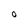
Character: O